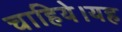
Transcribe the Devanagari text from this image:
चाहिये।यह